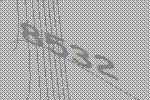
8532